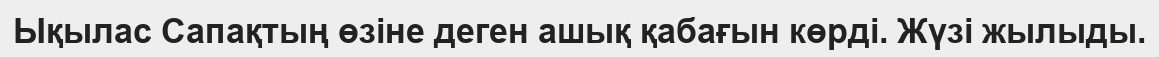
Ықылас Сапақтың өзіне деген ашық қабағын көрді. Жүзі жылыды.